kultuurilooline_kollektsioon, lk 30
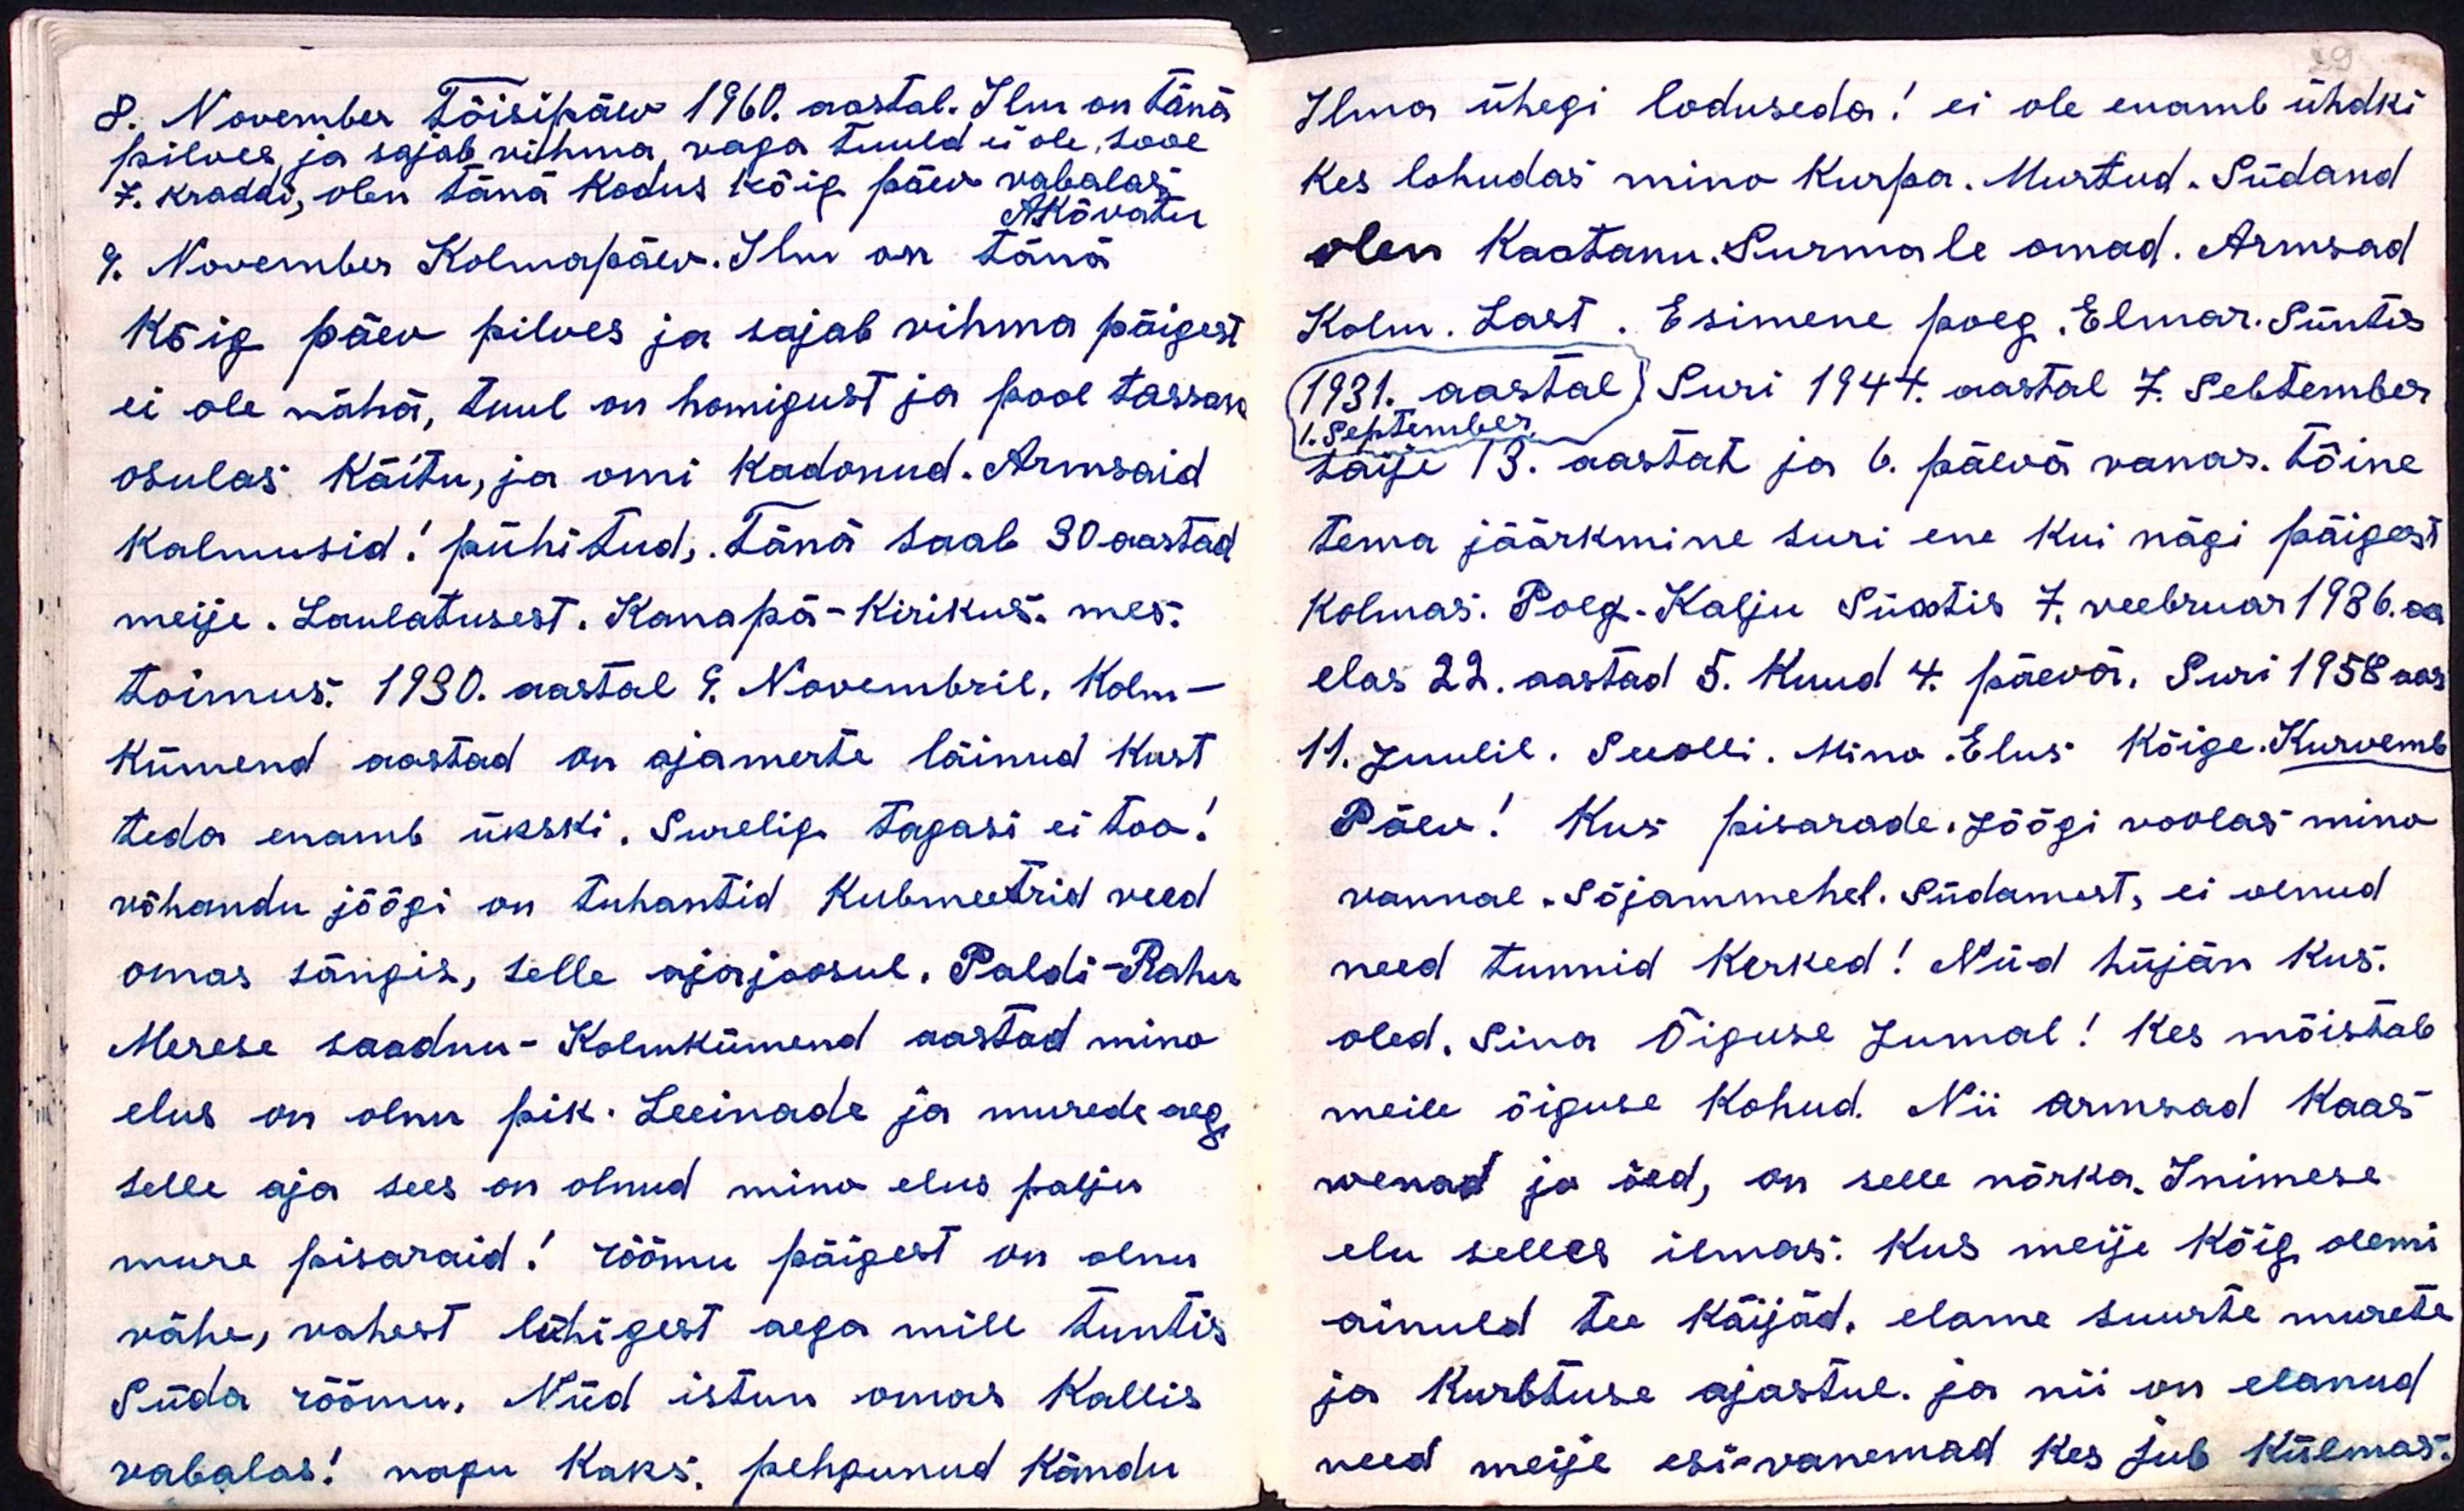
29

8. November Tõisipäev 1960. aastal. Ilm on tänä
pilves ja sajab vihma vaga tuuld ei ole, sooe
7. kraddi, olen tänä kodus kõig päev vabalas.
AKõvatu
9. November Kolmapäev. Ilm on tänä
kõig päev pilves ja sajab vihma päigest
ei ole nähä, tuul on homigust ja pool tassan
osulas käitu, ja omi kadonud. Armsaid
Kalmusid! pühitud, Täna saab 30 aastad
meije. Laulatusest. Kanapä-kirikus. mes.
toimus. 1930. aastal 9. Novembril. Kolm-
kümend aastad on ajamerte läinud kust
teda enamb ükski. Surelig tagasi ei too!
võhandu jõõgi on tuhantid kubmeetrid veed
omas sängis, selle ajajoosul. Paldi-Rahu
Merese saadnu-kolmkümend aastad mino
elus on olnu pik. Leeinade ja murede aeg
selle aja sees on olnud mino elus palju
mure pisaraid! rõõmu päigest on olnu
vähe, vahest lühigest aega mill tuntis
Süda rõõmu. Nüd istun omas kallis
vabalas! nagu kaks pehgunud kändu

Ilma ühegi loduseda! ei ole enamb ühdki
kes lohudas mino kurpa. Murtud. Südand
olen kaotanu. Surmale omad. Armsad
Kolm. Last. Esimene poeg. Elmar. Süntis
1931. aastal. Suri 1944. aasta 7. Sebtember
1. September
saije 13. aastat ja 6. päevä vanas. tõine
tema jäärkmine suri ene kui nägi päigest
Kolmas. Poeg. Kalju Sündis 7. veebruar 1936. a.
elas 22. aastad 5. kuud 4. päevä. Suri 1958 aas
11. Juulil. See olli. Mino. Elus. Kõige. Kurvemb
Päev! Kus pisarade, Jõõgi voolas mino
vannal. Sõjammehel. Südamest, ei olnud
need tunnid kerked! Nüd hüjän kus.
oled. Sina Õiguse Jumal! Kes mõistab
meile õiguse kohud. Nii armsad kaas
wenad ja õed, on selle nõrka. Inimese
elu selles ilmas. Kus meije Kõige olemi
ainult tee käijad, elame suurte murete
ja kurbtuse ajastul. ja nii on elanud
need meije esi-vanemad kes jub külmas.